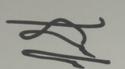
Signature authenticity: genuine